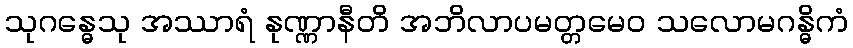
သုဂန္ဓေသု အဿာရံ နုဏ္ဏာနီတိ အဘိလာပမတ္တမေဝ သလောမဂန္ဓိကံ